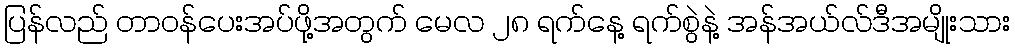
ပြန်လည် တာဝန်ပေးအပ်ဖို့အတွက် မေလ ၂၈ ရက်နေ့ ရက်စွဲနဲ့ အန်အယ်လ်ဒီအမျိုးသား